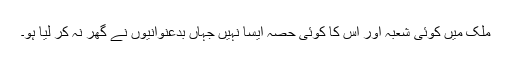
ملک میں کوئی شعبہ اور اس کا کوئی حصہ ایسا نہیں جہاں بدعنوانیوں نے گھر نہ کر لیا ہو۔